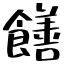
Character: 饍